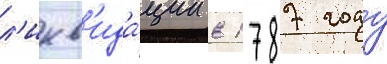
л'икв'ида́ции в 1787 году